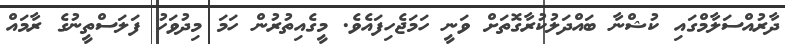
ދާރުއްސަލާމްގައި ކުޝްނާ ބައްދަލުކުރާގޮތަށް ވަނީ ހަމަޖެހިފައެވެ. މީގެއިތުރުން ހަމަ މިދުވަހު ފަލަސްތީނުގެ ރާމައް